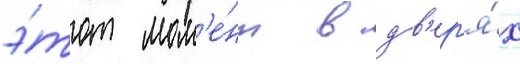
э́тот мом'е́нт в дв'ер'я́х